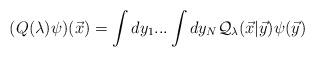
LaTeX: \begin{align*}(Q(\lambda ) \psi)({\vec x}) =\int dy_1...\int dy_N {\cal Q}_\lambda ({\vec x}|{\vec y})\psi ({\vec y})\end{align*}